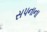
સપનાના